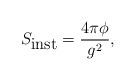
LaTeX: \begin{align*}S_{\hbox {inst}} = \frac {4\pi \phi}{g^2},\end{align*}